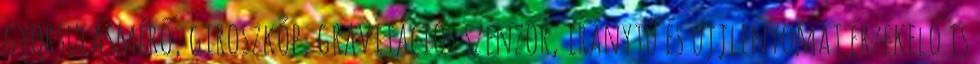
gyorsulásmérő, giroszkóp, gravitációs szenzor, iránytű és ujjlenyomat érzékelő is